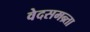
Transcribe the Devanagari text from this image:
वेदसमन्र्ता